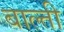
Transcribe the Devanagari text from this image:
बाल्ती